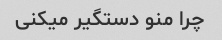
چرا منو دستگیر میکنی